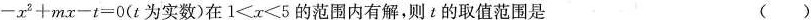
$$- x ^ { 2 } + m x - t = 0$$(t为实数)在$$1 < x < 5$$的范围内有解，则t的取值范围是 ( )